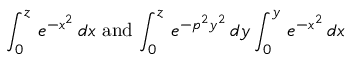
\int _ { 0 } ^ { z } \, e ^ { - x ^ { 2 } } \, d x \, \, \mathrm { a n d } \, \int _ { 0 } ^ { z } \, e ^ { - p ^ { 2 } y ^ { 2 } } \, d y \int _ { 0 } ^ { y } \, e ^ { - x ^ { 2 } } \, d x